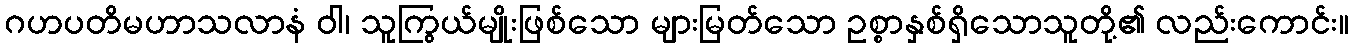
ဂဟပတိမဟာသလာနံ ဝါ၊ သူကြွယ်မျိုးဖြစ်သော များမြတ်သော ဥစ္စာနှစ်ရှိသောသူတို့၏ လည်းကောင်း။